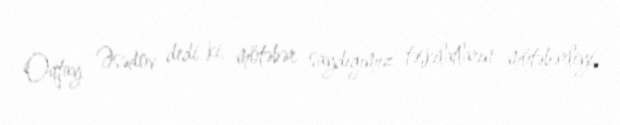
Oqtay Əsədov dedi ki, mötəbər saydığımız təşkilatların mötəbərliyi,